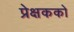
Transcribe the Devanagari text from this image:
प्रेक्षकको